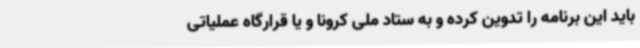
باید این برنامه را تدوین کرده و به ستاد ملی کرونا و یا قرارگاه عملیاتی